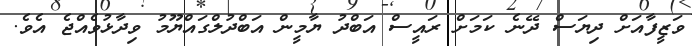
ވަޒީފާއަށް ދިޔަސް ދޭނެ ކަމަށް ރައީސް އަބްދު ޔާމީން އަބްދުލްގައްޔޫމު ވިދާޅުވެއްޖެ އެވެ.